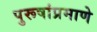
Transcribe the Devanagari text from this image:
पुरूषांप्रमाणे